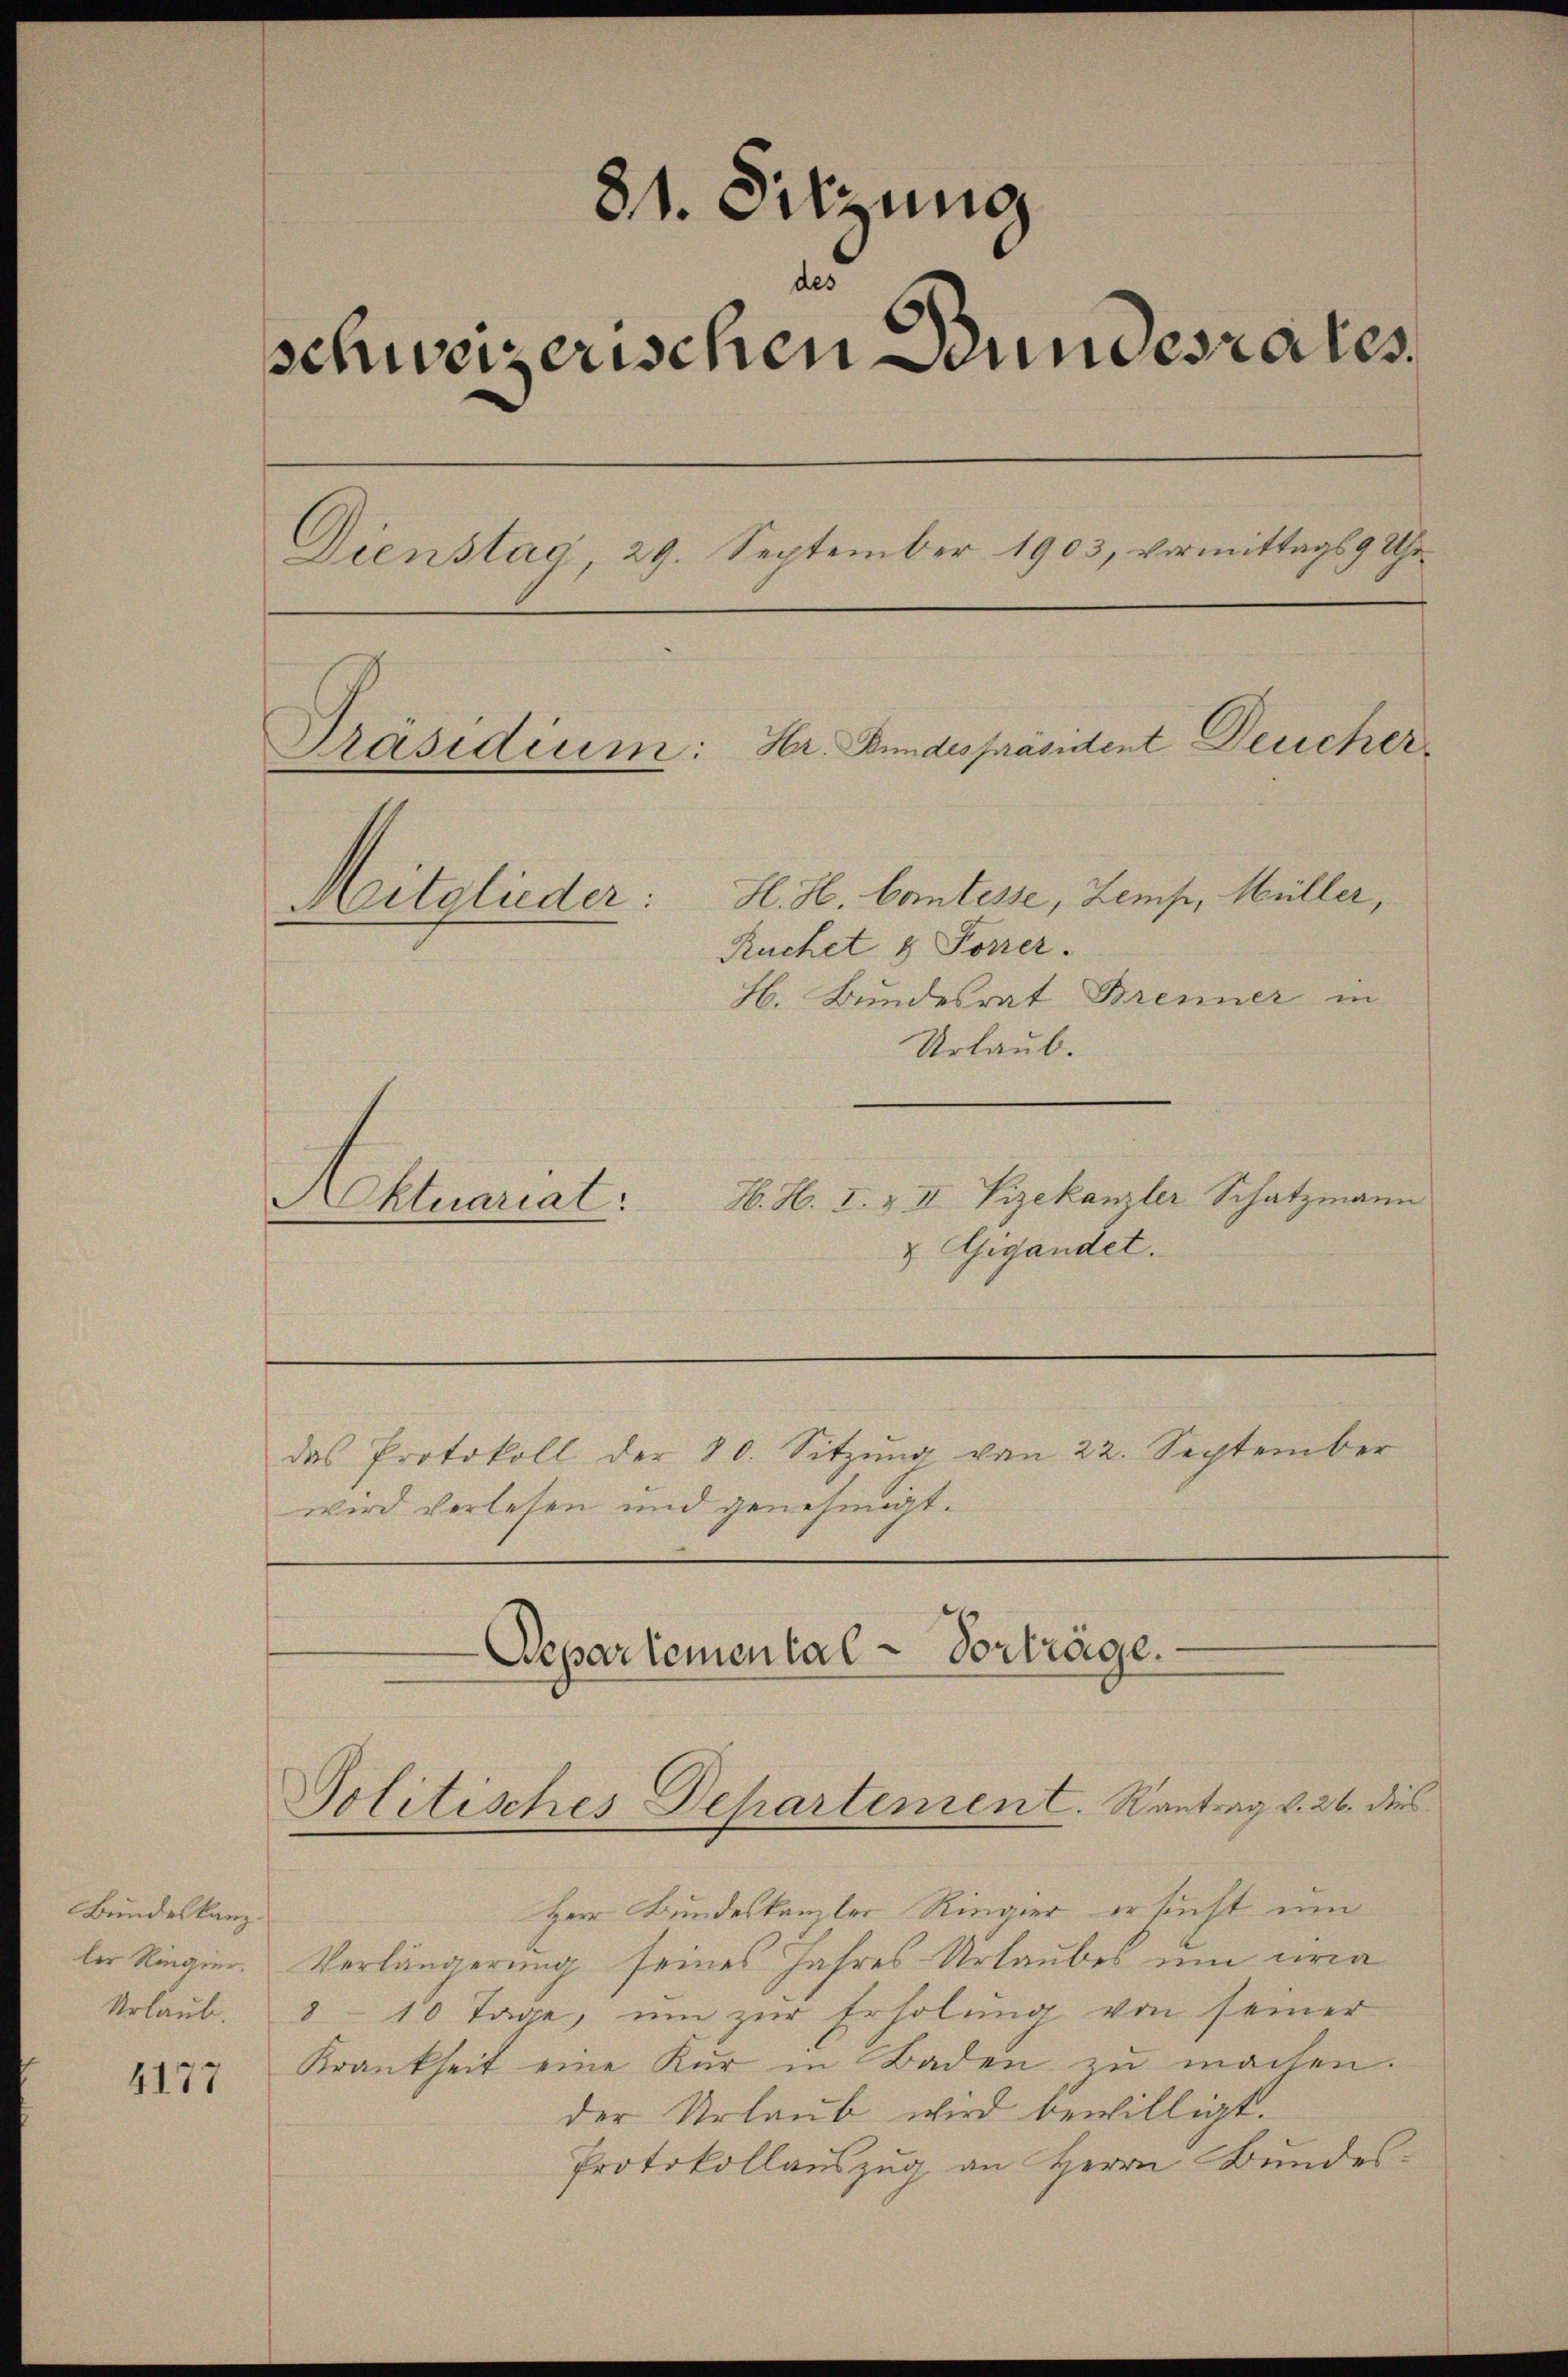
Bundeskanz
ler Ringier.
Urlaub.

4177

81. Sitzung
des
schweizerischen Bundesrates,
Dienstag, 29. September 1903, vormittags 9 Uhr-
Hr. Bundespräsident Deucher
Präsidium:
H. H. Comtesse, Zemp, Müller,
Mitglieder.
Ruchet & Forrer.
H. Bundesrat Brenner in

Urlaub.
H. H. I. & II Vizekanzler Schatzmann
Alumnat
& Gigandet.
das Protokoll der 30. Sitzŭng von 22. September
wird verlesen und genehmigt.

Departemental-Vorträge.

Herr Bundeskanzler Ringier ersucht um
Verlängerung seines Jahres Urlaubes um uria
8 - 10 Tage, um zur Erholung von seiner
Krankheit eine Kur in Baden zŭ machen.
der Urlaub wird bewilligt.
Protokollauszug an Herrn Bundes-

Politisches Departement. Rantrag v. 26. dies